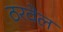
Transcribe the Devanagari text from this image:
ठरवेल